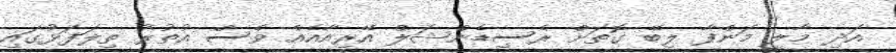
އަދި މާލީ މަންފާ ލިބޭ ގޮތަށް ރެސިޑެންޝަލް އޭރިއާއެއް ވެސް އުތުރު ތިލަފަޅުގައި